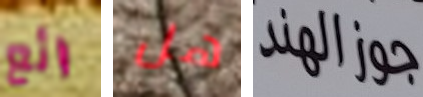
رائع هل جوزالهند